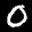
Label: 0